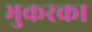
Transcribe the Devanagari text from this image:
भुकरका